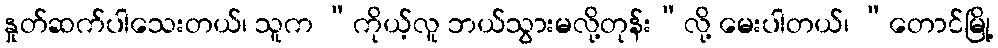
နှုတ်ဆက်ပါသေးတယ်၊ သူက “ကိုယ့်လူ ဘယ်သွားမလို့တုန်း”လို့ မေးပါတယ်၊ “တောင်မြို့